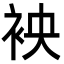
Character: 䘧